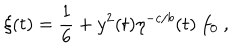
\xi ( t ) = { \frac { 1 } { 6 } } + y ^ { 2 } ( t ) \eta ^ { - c / b } ( t ) ~ f _ { 0 } ~ ,